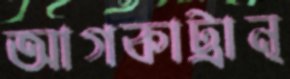
আগকাট্রান্